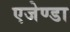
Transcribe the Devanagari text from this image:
एजेण्‍डा